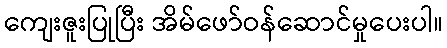
ကျေးဇူးပြုပြီး အိမ်ဖော်ဝန်ဆောင်မှုပေးပါ။